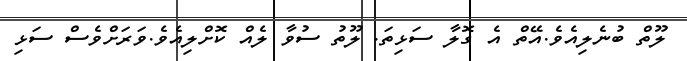
ލޫތް ބުނެލިއެވެ.އޭތް އެ ގޮލާ ސަޅިތަ. ލޫތު ސުވާ ލެއް ކޮށްލިއެވެ.ވަރަށްވެސް ސަޅި